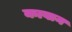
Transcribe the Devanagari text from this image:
कावान